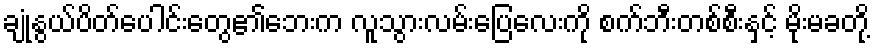
ချုံနွယ်ပိတ်ပေါင်းတွေ၏ဘေးက လူသွားလမ်းပြေလေးကို စက်ဘီးတစ်စီးနှင့် မိုးမခတို့